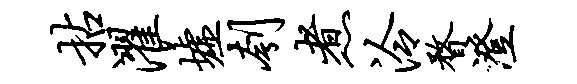
拈濯墟刳煮泠瞀澄